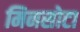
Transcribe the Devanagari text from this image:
मिनसोटा